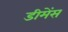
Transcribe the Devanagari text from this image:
डीमेंस